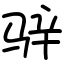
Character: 骍